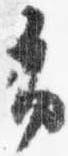
布